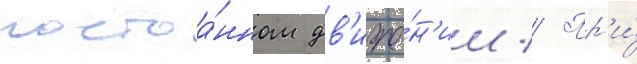
постоа́нном дв'иже́н'ии // Пр'и́